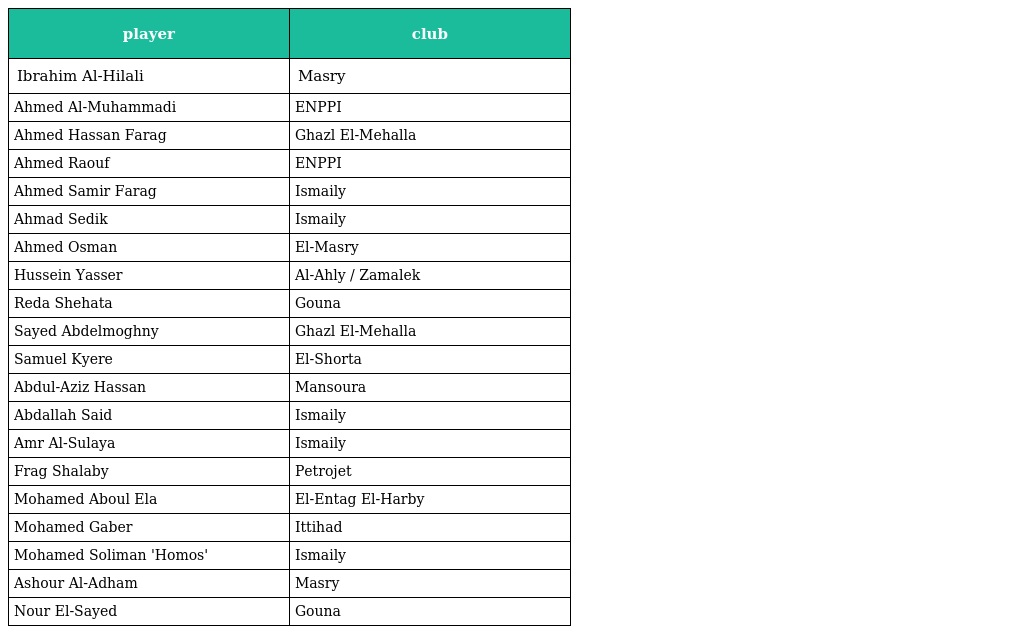
| player | club |
 | --- | --- |
 | Ibrahim Al-Hilali | Masry |
 | Ahmed Al-Muhammadi | ENPPI |
 | Ahmed Hassan Farag | Ghazl El-Mehalla |
 | Ahmed Raouf | ENPPI |
 | Ahmed Samir Farag | Ismaily |
 | Ahmad Sedik | Ismaily |
 | Ahmed Osman | El-Masry |
 | Hussein Yasser | Al-Ahly / Zamalek |
 | Reda Shehata | Gouna |
 | Sayed Abdelmoghny | Ghazl El-Mehalla |
 | Samuel Kyere | El-Shorta |
 | Abdul-Aziz Hassan | Mansoura |
 | Abdallah Said | Ismaily |
 | Amr Al-Sulaya | Ismaily |
 | Frag Shalaby | Petrojet |
 | Mohamed Aboul Ela | El-Entag El-Harby |
 | Mohamed Gaber | Ittihad |
 | Mohamed Soliman 'Homos' | Ismaily |
 | Ashour Al-Adham | Masry |
 | Nour El-Sayed | Gouna |